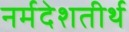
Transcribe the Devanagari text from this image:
नर्मदेशतीर्थ